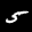
Label: 5